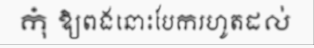
កុំ ឱ្យពងនោះបែករហូតដល់